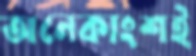
অনেকাংশই